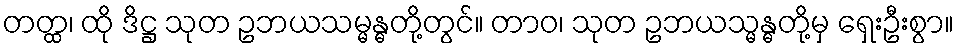
တတ္ထ၊ ထို ဒိဋ္ဌ သုတ ဥဘယသမ္မန္ဓတို့တွင်။ တာဝ၊ သုတ ဥဘယသ္မန္ဓတို့မှ ရှေးဦးစွာ။